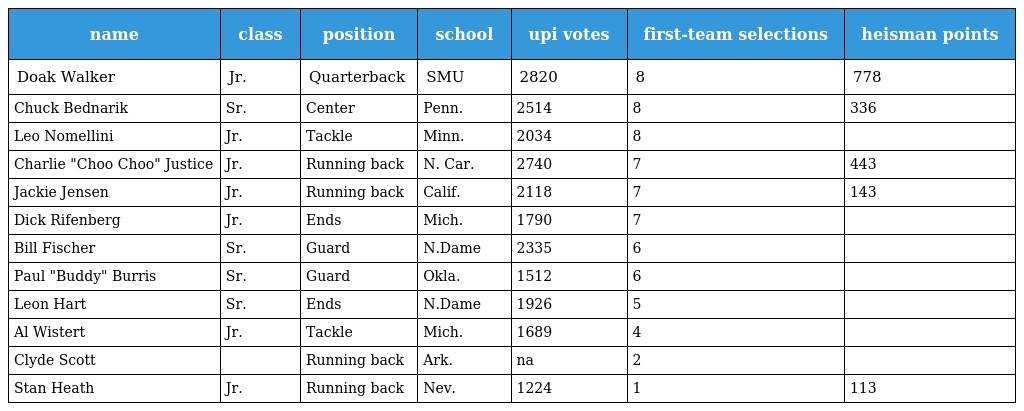
| name | class | position | school | upi votes | first-team selections | heisman points |
 | --- | --- | --- | --- | --- | --- | --- |
 | Doak Walker | Jr. | Quarterback | SMU | 2820 | 8 | 778 |
 | Chuck Bednarik | Sr. | Center | Penn. | 2514 | 8 | 336 |
 | Leo Nomellini | Jr. | Tackle | Minn. | 2034 | 8 |  |
 | Charlie "Choo Choo" Justice | Jr. | Running back | N. Car. | 2740 | 7 | 443 |
 | Jackie Jensen | Jr. | Running back | Calif. | 2118 | 7 | 143 |
 | Dick Rifenberg | Jr. | Ends | Mich. | 1790 | 7 |  |
 | Bill Fischer | Sr. | Guard | N.Dame | 2335 | 6 |  |
 | Paul "Buddy" Burris | Sr. | Guard | Okla. | 1512 | 6 |  |
 | Leon Hart | Sr. | Ends | N.Dame | 1926 | 5 |  |
 | Al Wistert | Jr. | Tackle | Mich. | 1689 | 4 |  |
 | Clyde Scott |  | Running back | Ark. | na | 2 |  |
 | Stan Heath | Jr. | Running back | Nev. | 1224 | 1 | 113 |